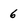
Character: 6